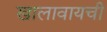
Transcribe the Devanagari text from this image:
खालावायची